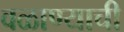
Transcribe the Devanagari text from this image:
वळाण्याची